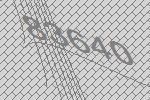
83640